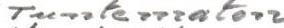
Tuntematon